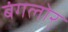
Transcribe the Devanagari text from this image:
बंगलोर्